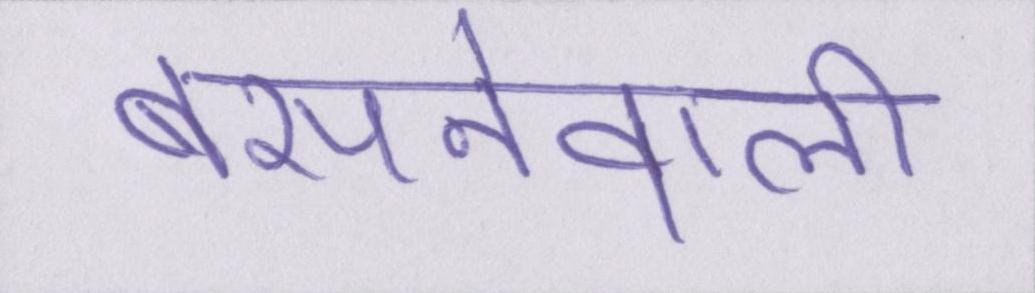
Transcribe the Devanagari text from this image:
बसनेवाली